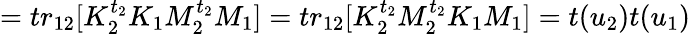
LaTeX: =tr_{12}[K_{2}^{t_{2}}K_{1}M_{2}^{t_{2}}M_{1}]=tr_{12}[K_{2}^{t_{2}}M_{2}^{t_{2}}K_{1}M_{1}]=t(u_{2})t(u_{1})